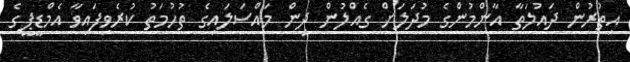
އިތުރުން ދައުލަތާ އާންމުންގެ މުދަލަށް ގެއްލުން ދިން މައްސަލައިގެ ތުހުމަތު ކުރެވިފައިވާ އެމްޑީޕީގެ